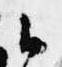
候